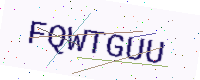
Text: FQWTGUU